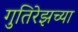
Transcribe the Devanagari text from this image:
गुतिरेझच्या